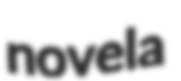
novela